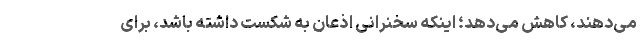
می‌دهند، کاهش می‌دهد؛ اینکه سخنرانی اذعان به شکست داشته باشد، برای